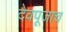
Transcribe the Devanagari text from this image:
देवपूजाच